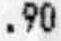
.90